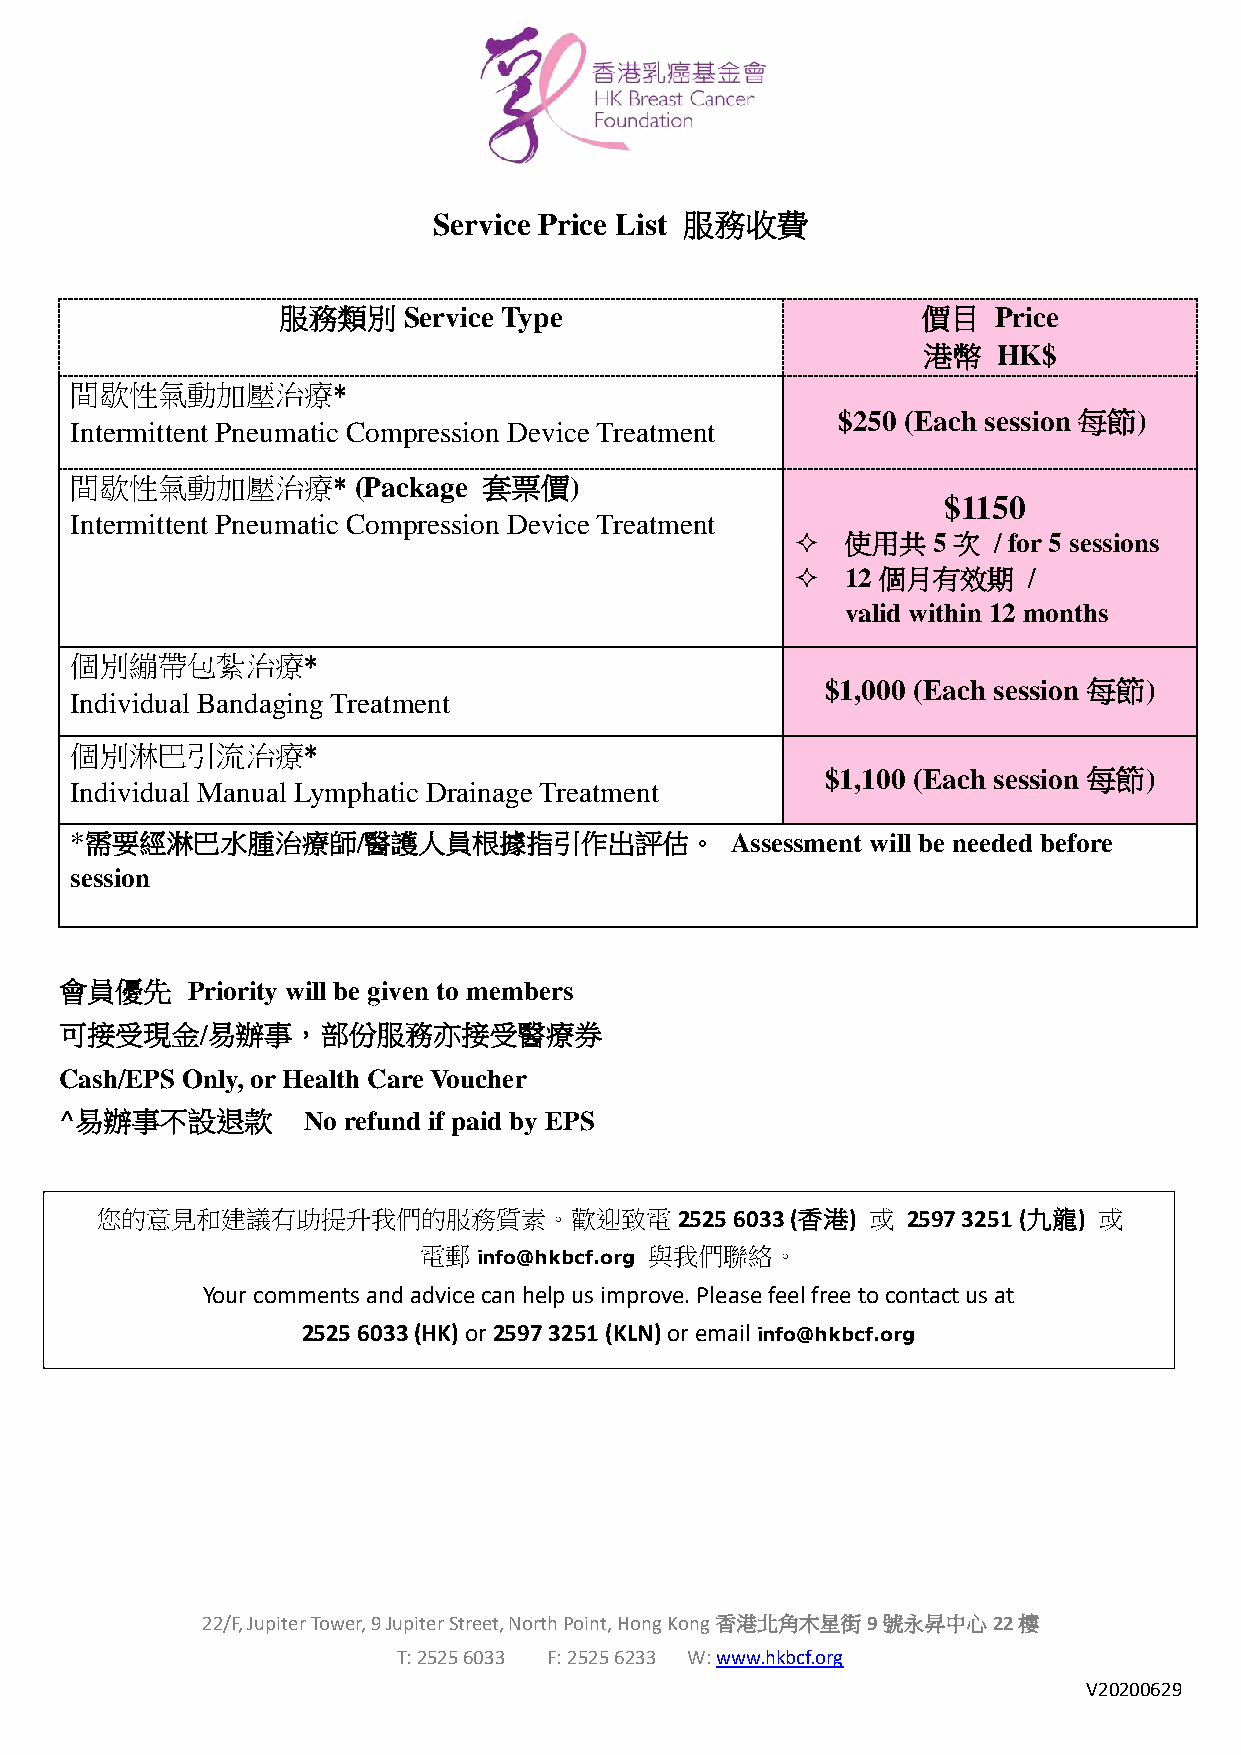
Service Price List 服務收費
 服務類別     Service Type                      價目   Price
 港幣   HK$
 間歇性氣動加壓治療*
 $250 (Each session 每節)
 Intermittent Pneumatic Compression Device Treatment
 間歇性氣動加壓治療*        (Package 套票價)
 $1150
 Intermittent Pneumatic Compression Device Treatment
 使用共   5次  / for 5 sessions
 12 個月有效期    /
 valid within 12 months
 個別繃帶包紮治療*
 $1,000 (Each session 每節)
 Individual Bandaging Treatment
 個別淋巴引流治療*
 $1,100 (Each session 每節)
 Individual Manual Lymphatic Drainage Treatment
 *需要經淋巴水腫治療師/醫護人員根據指引作出評估。                  Assessment will be needed before
 session
 會員優先    Priority will be given to members
 可接受現金/易辦事，部份服務亦接受醫療券
 Cash/EPS Only, or Health Care Voucher
 ^易辦事不設退款        No refund if paid by EPS
 Service fee is waived for holders of CSSA / Medical waiver
 您的意見和建議有助提升我們的服務質素。歡迎致電                2525 6033 (香港) 或 2597 3251 (九龍) 或
 電郵  info@hkbcf.org 與我們聯絡。
 Your comments and advice can help us improve. Please feel free to contact us at
 2525 6033 (HK) or 2597 3251 (KLN) or email info@hkbcf.org
 22/F, Jupiter Tower, 9 Jupiter Street, North Point, Hong Kong香港北角木星街9號永昇中心22樓
 T: 2525 6033 F: 2525 6233 W: www.hkbcf.org
 V20200629